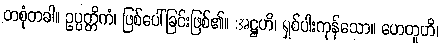
တစုံတခါ။ ဥပ္ပတ္တိကံ၊ ဖြစ်ပေါ်ခြင်းဖြစ်၏။ အဋ္ဌဟိ၊ ရှစ်ပါးကုန်သော။ ဟေတူဟိ၊